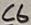
Text: C6